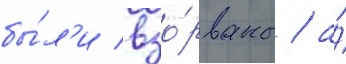
бы́л'и взо́рваны / а́